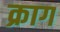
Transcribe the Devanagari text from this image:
क्राग